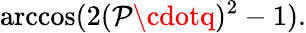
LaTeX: \operatorname{arccos}(2(\mathcal{P}\cdotq)^{2}-1).